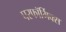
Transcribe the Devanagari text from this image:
परफॉर्मिक्स